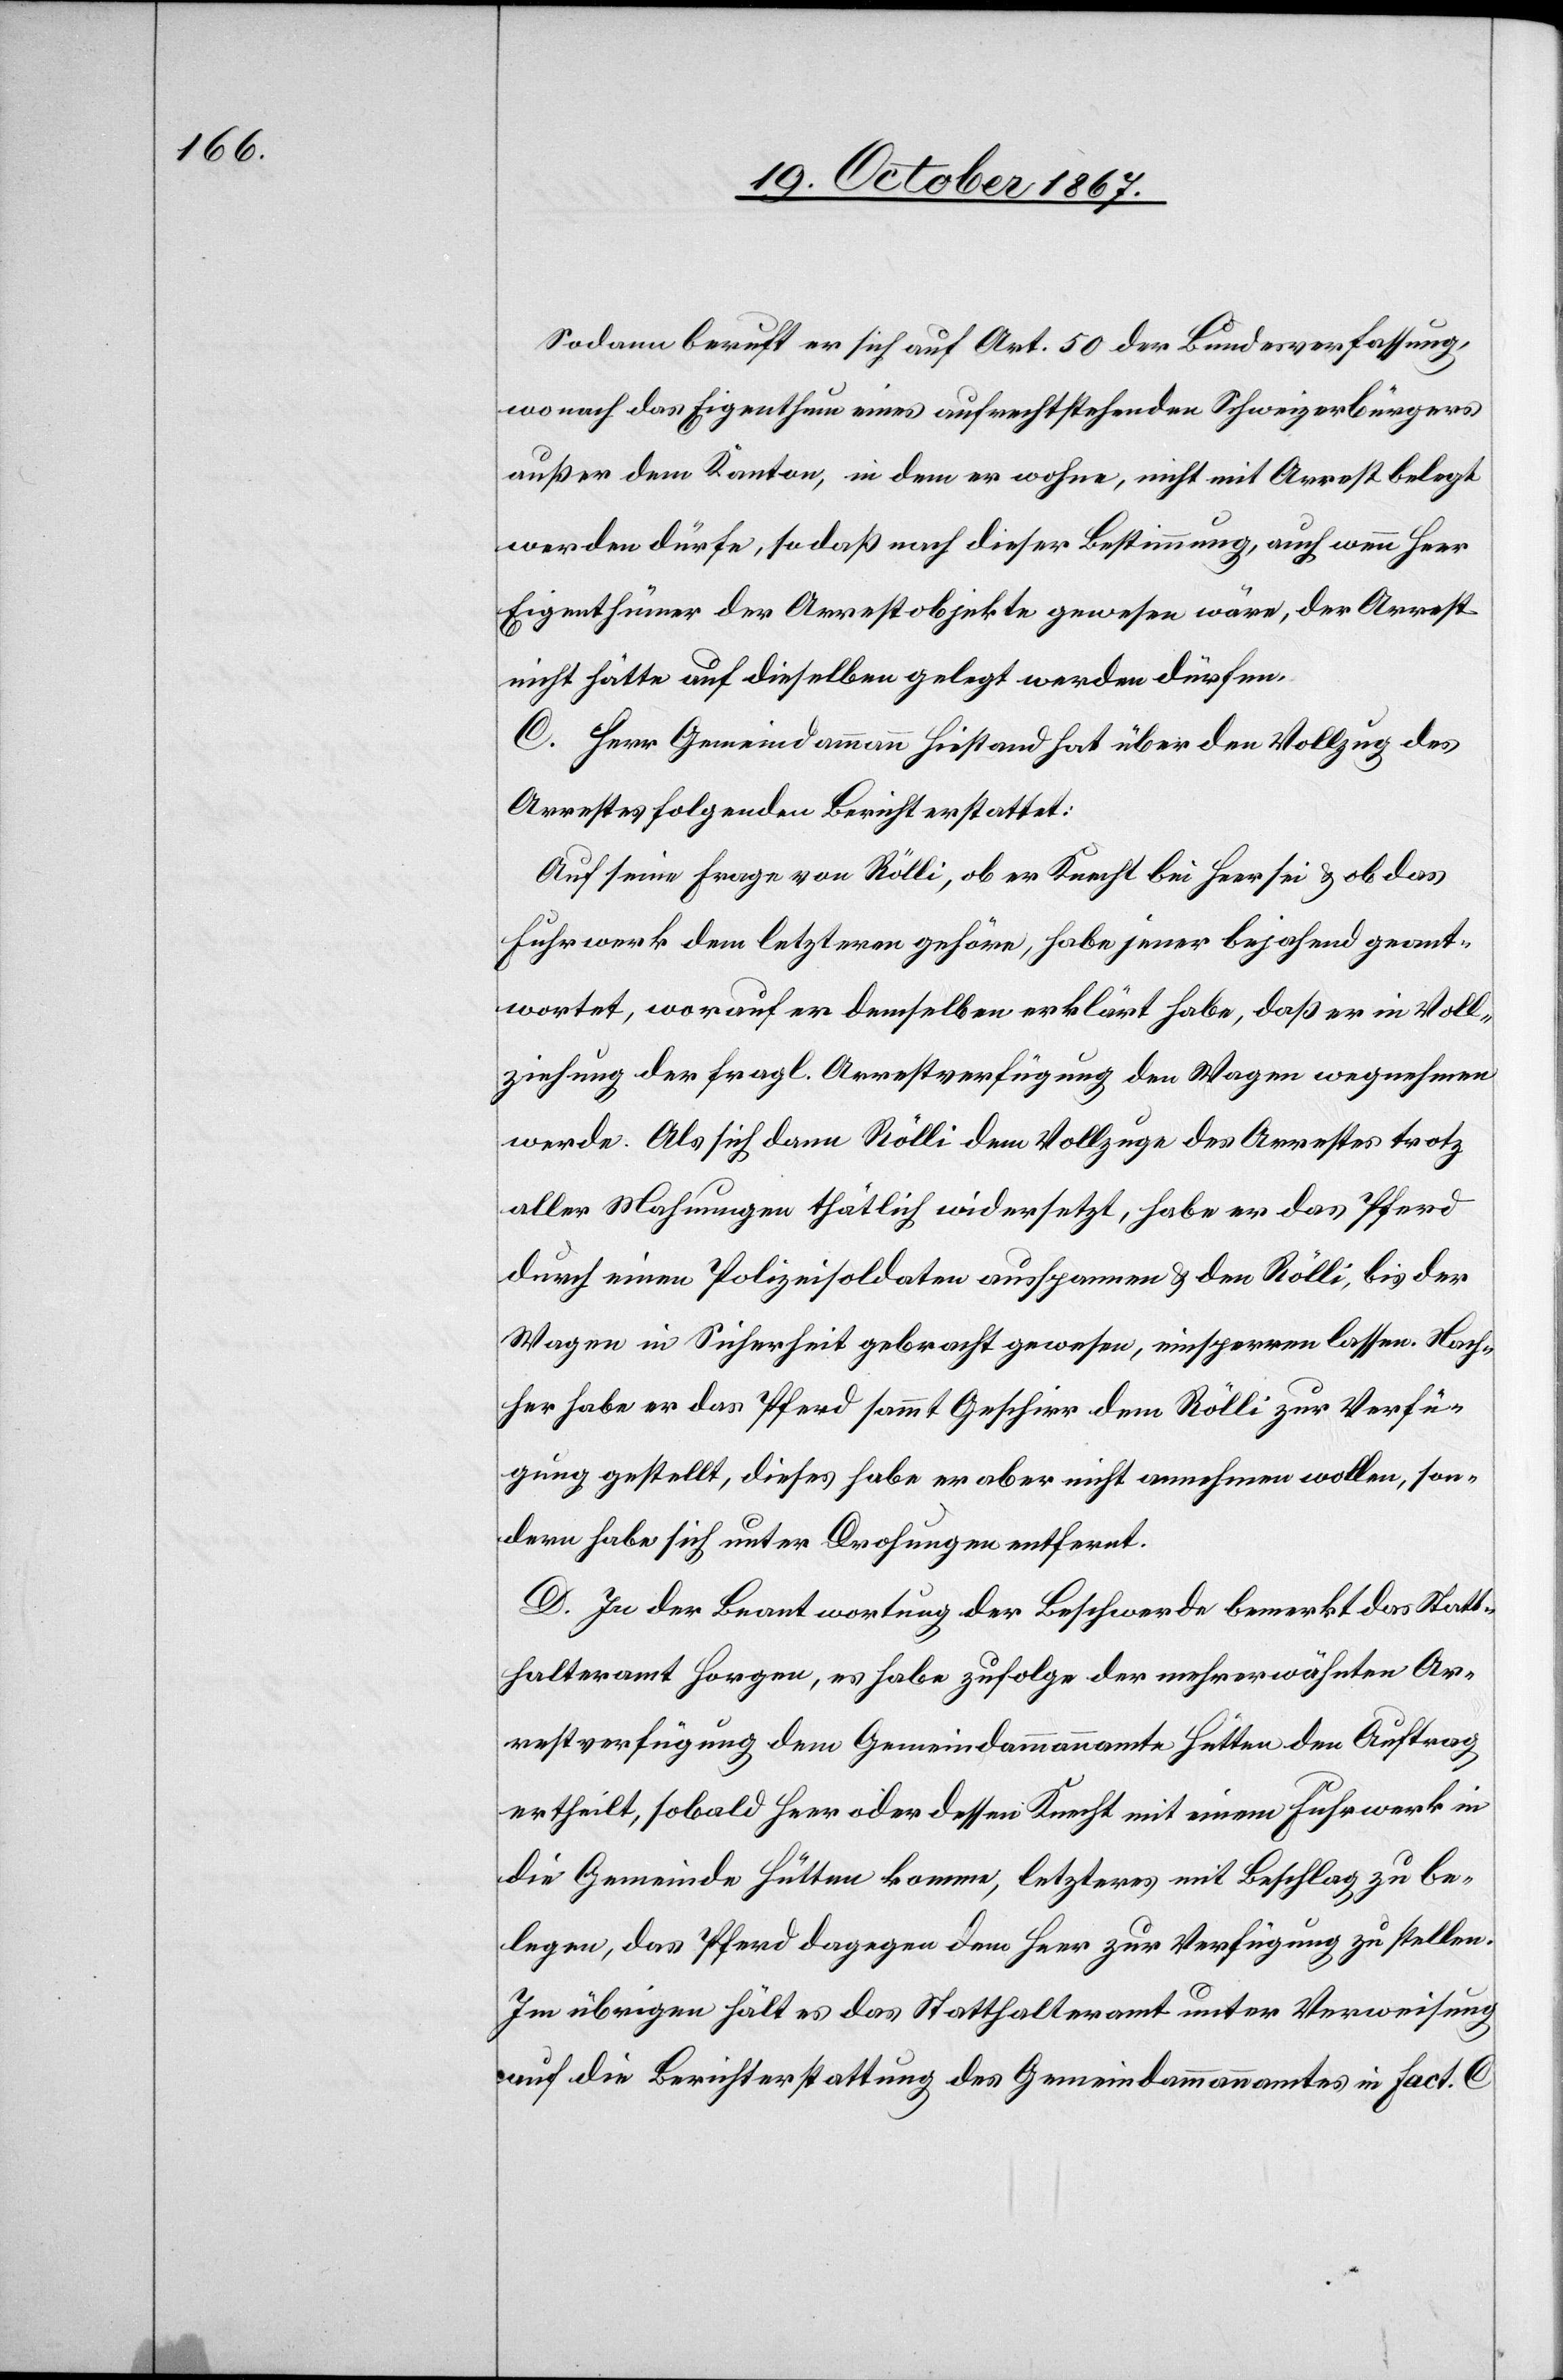
Sodann beruft er sich auf Art. 50 der Bundesverfassung,
wonach das Eigenthum eines aufrechtstehenden Schweizerbürgers
außer dem Kanton, in dem er wohne, nicht mit Arrest belegt
werden dürfe, so daß nach dieser Bestimmung, auch wenn Heer
Eigenthümer der Arrestobjekte gewesen wäre, der Arrest
nicht hätte auf dieselben gelegt werden dürfen.
C. Herr Gemeindammann Hiestand hat über den Vollzug des
Arrests folgenden Bericht erstattet:
Auf seine Frage von Rölli, ob er Knecht bei Heer sei u. ob das
Fuhrwerk dem letzteren gehöre, habe jener bejahend geant¬
wortet, worauf er demselben erklärt habe, daß er in Voll¬
ziehung der fragl. Arrestverfügung den Wagen wegnehmen
werde. Als sich dann Rölli dem Vollzuge des Arrestes trotz
aller Mahnungen thatlich widersetzt, habe er das Pferd
durch einen Polizeisoldaten ausspannen u. den Rölli, bis der
Wagen in Sicherheit gebracht gewesen, einsperren lassen. Nach¬
her habe er das Pferd sammt Geschirr dem Rölli zur Verfü¬
gung gestellt, dieses habe er aber nicht annehmen wollen, son¬
dern habe sich unter Drohungen entfernt.
D. In der Beantwortung der Beschwerde bemerkt das Statt¬
halteramt Horgen, es habe zufolge der mehrerwähnten Ar¬
restverfügung dem Gemeindammannamte Hütten den Auftrag
ertheilt, sobald Heer oder dessen Knecht mit einem Fuhrwerk in
die Gemeinde Hütten komme, letzteres mit Beschlag zu be¬
legen, das Pferd dagegen dem Heer zur Verfügung zu stellen.
Im übrigen hält es das Statthalteramt unter Verweisung
auf die Berichterstattung des Gemeindammannamtes in Fact. C